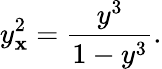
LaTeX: y_{\mathbf{x}}^{2}=\frac{{y^{3}}}{{1-y^{3}}}.